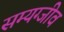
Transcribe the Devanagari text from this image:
सम्यग्जीव